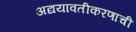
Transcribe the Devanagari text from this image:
अद्ययावतीकरणाची